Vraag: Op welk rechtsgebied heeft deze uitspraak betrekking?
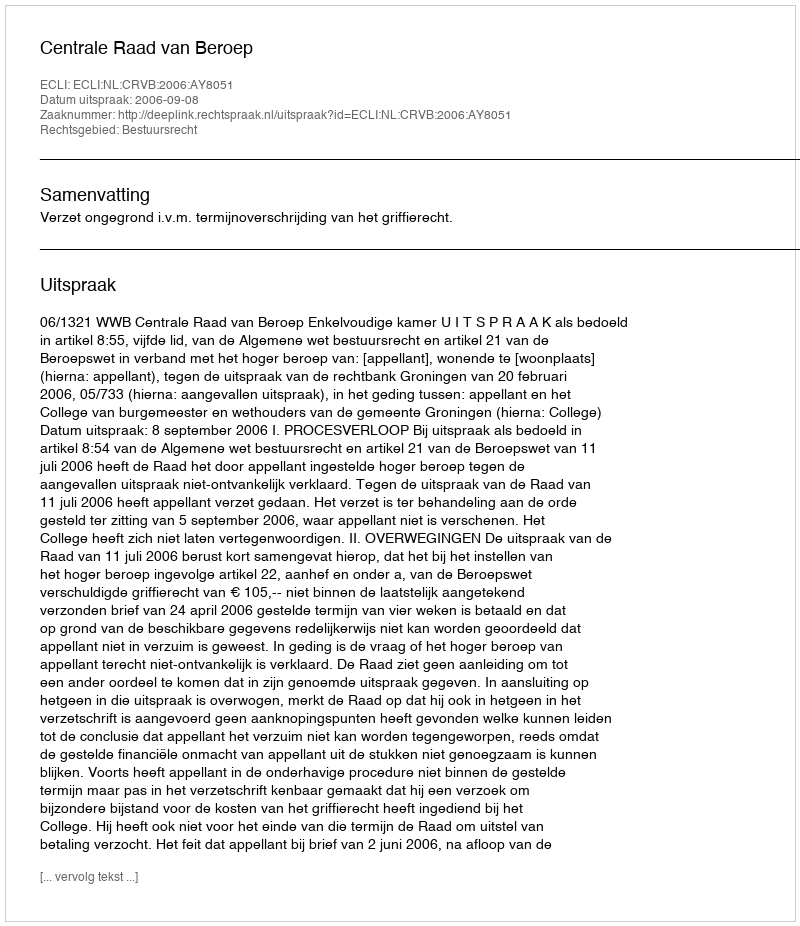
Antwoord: Bestuursrecht